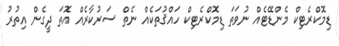
ޑިމޮކްރެޓިކް މެންޑޭޓެއް ނުވަތަ ޑިމޮކްރެޓިކް ހައްޤުތަކެއް ނެތް ސަރުކާރެއް އޮތަ ދީގެން އިތުރު